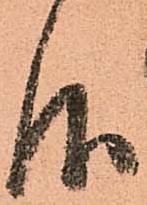
仰